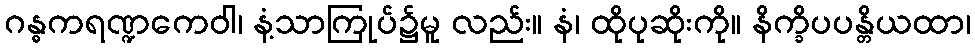
ဂန္ဓကရဏ္ဍကေဝါ၊ နံ့သာကြုပ်၌မူ လည်း။ နံ၊ ထိုပုဆိုးကို။ နိက္ခိပပန္တိယထာ၊